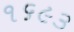
૧૬૯૩